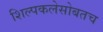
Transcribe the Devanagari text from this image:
शिल्पकलेसोबतच